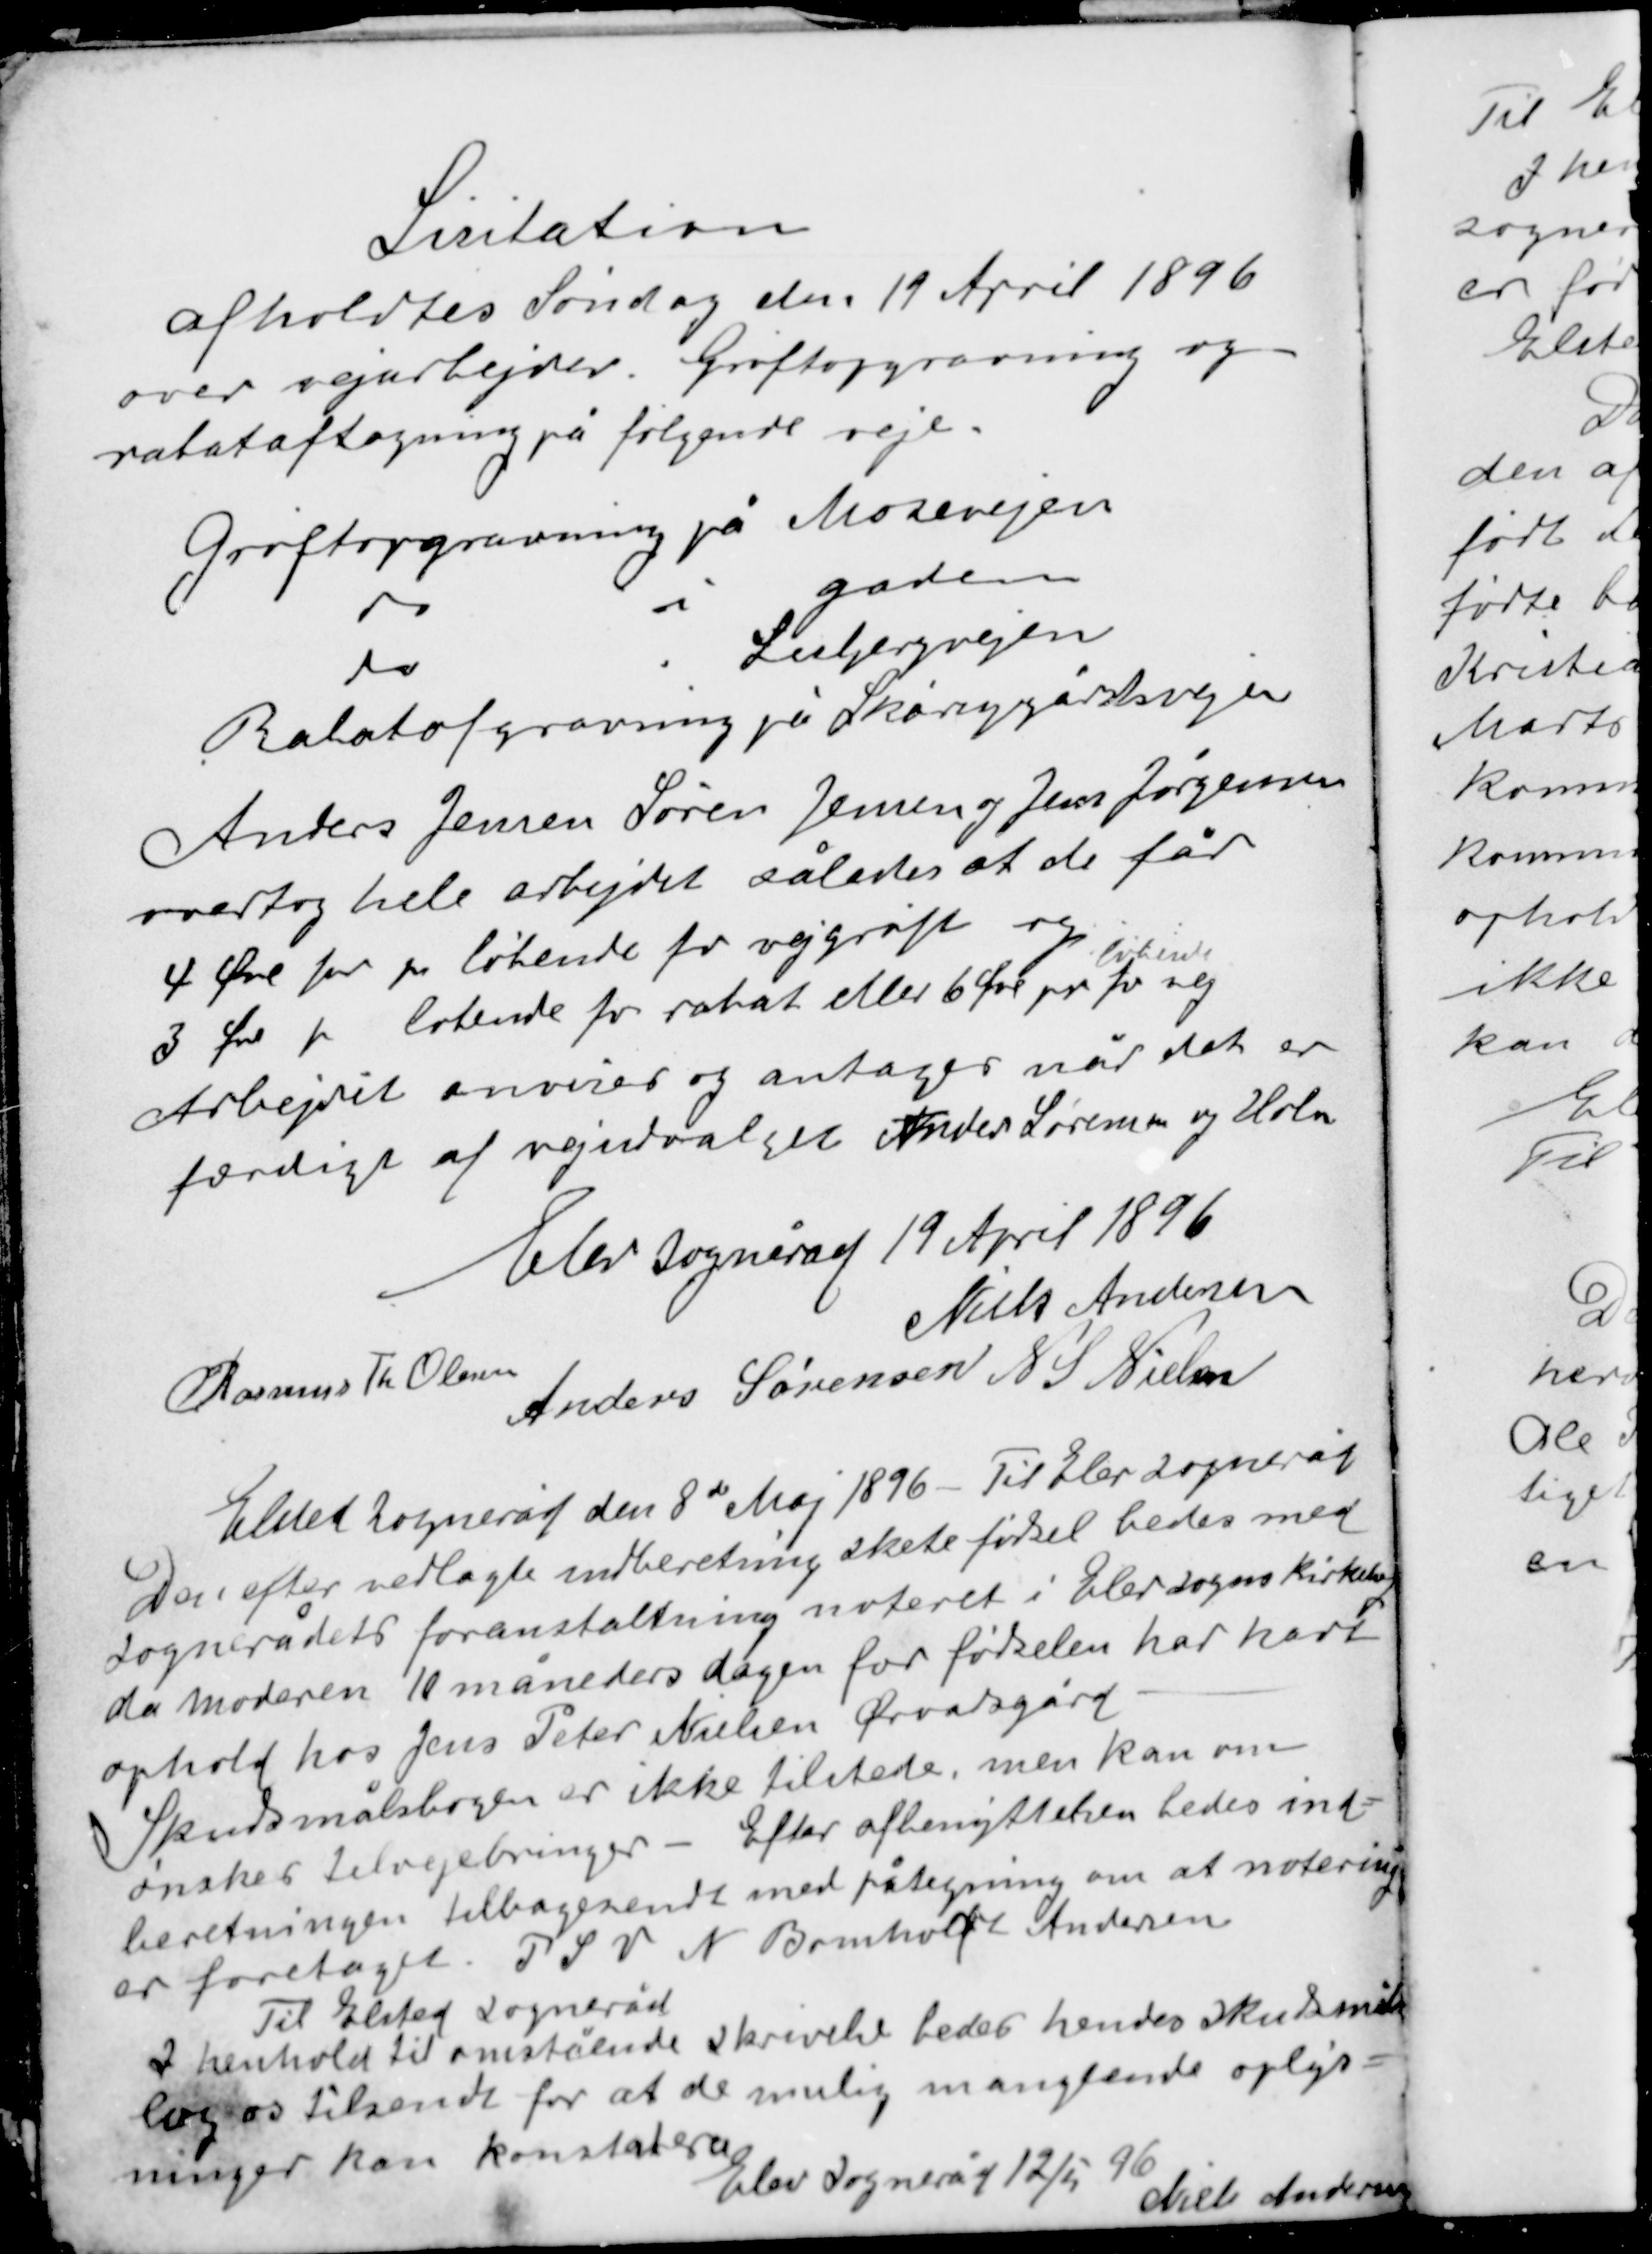
Transskription:
Lisitation
afholdtes Søndag den 19 April 1896
over vejarbejder Grøftopgravning og
rabataftagning på følgende veje.

Grøftopgravning på Mosevejen
do i gaden
do Lisbjergvejen
Rabatafgravning på Skårupgårdsvejen

Anders Jensen Søren Jensen og Jens Jørgensen
overtog hele arbejdet således at de får
4 Øre for pr løbene for vejgrøft og
løbende
3 Øre pr løbende for rabat eller 6 Øre pr fv vej
Arbejdet anvises og antages når det er
færdigt af vejudvalget Anders Sørensen og Holm

Elev sogneråd 19 April 1896
Niels Andersen
Rasmus Th. Olesen
Anders Sørensen N. S. Nielsen

Elsted sogneråd den 8de Maj 1896. Til Elev sogneråd
Den efter vedlagte indberetning skete fødsel bedes med
sognerådets foranstaltning noteret i Elev sogns kirkebog
da moderen 10 måneders dagen for fødselen har havt
ophold hos Jens Peter Nielsen Ørvadsgård
Skudsmålsbogen er ikke tilstede, men kan om
ønsket tilvejebringes - Efter afbenyttelsen bedes ind-
beretningen tilbagesendt med påtegning om at notering
er foretaget. P S V N Bomholdt Andersen.
Til Elsted sogneråd
I henhold til omstående skrivelse bedes hendes skudsmåls-
bog os tilsendt for at de mulig manglende oplys-
ninger kan konstateres
Elev sogneråd 12/5 96
Niels Andersen